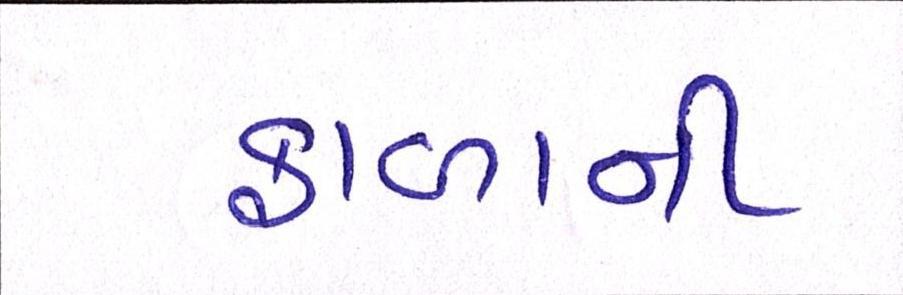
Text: ફાળાની